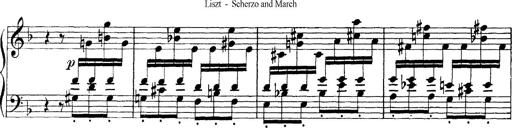
Title: Scherzo und Marsch
Composer: Franz Liszt